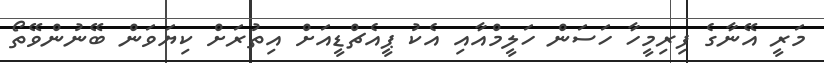
މަރީ އޭނާގެ ފިރިމީހާ ހަސަން ހަލީމްއާއި އެކު ޕީއެޗްޑީއަށް އިތުރަށް ކިޔަވަން ބޭނުންވޭތޯ